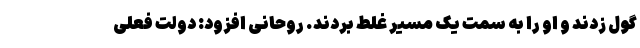
گول زدند و او را به سمت یک مسیر غلط بردند. روحانی افزود: دولت فعلی